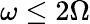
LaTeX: \omega\leq 2\Omega